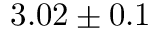
3 . 0 2 \pm 0 . 1